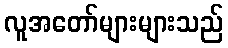
လူအတော်များများသည်